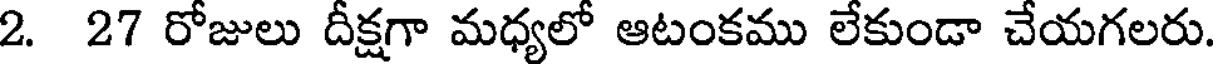
2. 27 రోజులు దీక్షగా మధ్యలో ఆటంకము లేకుండా చేయగలరు.